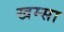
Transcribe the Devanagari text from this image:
खम्सा